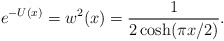
\begin{align*}e^{-U(x)}=w^2(x)={1\over 2 \cosh(\pi x/2)}.\end{align*}